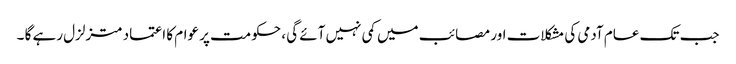
جب تک عام آدمی کی مشکلات اور مصائب میں کمی نہیں آئے گی ، حکومت پر عوام کا اعتماد متزلزل رہے گا ۔